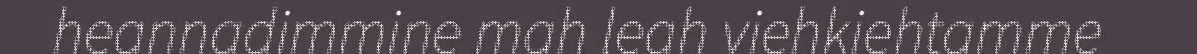
heannadimmine mah leah viehkiehtamme